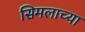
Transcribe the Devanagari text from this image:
सिमलाच्या